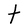
Character: t